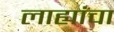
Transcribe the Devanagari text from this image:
लाह्यांचा